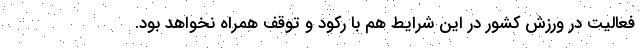
فعالیت در ورزش کشور در این شرایط هم با رکود و توقف همراه نخواهد بود.